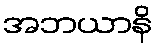
အဘယာနိ